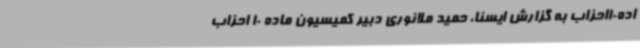
اده10احزاب به گزارش ایسنا، حمید ملانوری دبیر کمیسیون ماده 10 احزاب